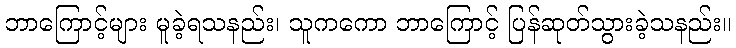
ဘာကြောင့်များ မူခဲ့ရသနည်း၊ သူကကော ဘာကြောင့် ပြန်ဆုတ်သွားခဲ့သနည်း။